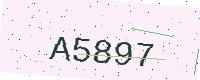
Text: A5897